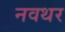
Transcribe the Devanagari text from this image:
नवथर